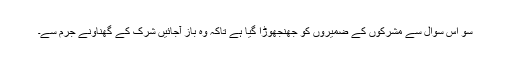
سو اس سوال سے مشرکوں کے ضمیروں کو جھنجھوڑا گیا ہے تاکہ وہ باز آجائیں شرک کے گھناؤنے جرم سے۔